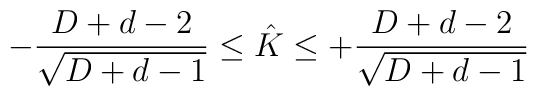
- \frac{D+d-2}{\sqrt{D+d-1}} \leq \hat{K} \leq + \frac{D+d-2}{\sqrt{D+d-1}}